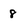
Character: 8